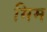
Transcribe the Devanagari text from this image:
मिम